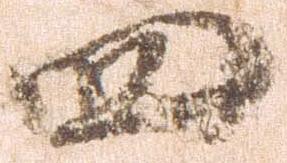
四